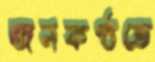
জনকণ্ঠতে